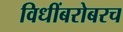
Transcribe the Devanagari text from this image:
विधींबरोबरच